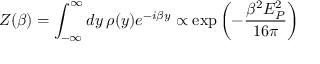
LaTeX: Z ( \beta ) = \int _ { - \infty } ^ { \infty } d y \, \rho ( y ) e ^ { - i \beta y } \propto \exp \left( - { \frac { \beta ^ { 2 } E _ { P } ^ { 2 } } { 1 6 \pi } } \right)